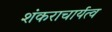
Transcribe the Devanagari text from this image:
शंकराचार्यत्व